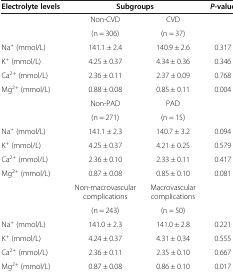
| Electrolyte levels | <COLSPAN=2> Subgroups | P-value |
 | --- | --- | --- | --- |
 |  | Non-CVD | CVD |  |
 |  | (n = 306) | (n = 37) |  |
 | Na+ (mmol/L) | 141.1 ± 2.4 | 140.9 ± 2.6 | 0.317 |
 | K+ (mmol/L) | 4.25 ± 0.37 | 4.34 ± 0.36 | 0.346 |
 | Ca2+ (mmol/L) | 2.36 ± 0.11 | 2.37 ± 0.09 | 0.768 |
 | Mg2+ (mmol/L) | 0.88 ± 0.08 | 0.85 ± 0.11 | 0.004 |
 |  | Non-PAD | PAD |  |
 |  | (n = 271) | (n = 15) |  |
 | Na+ (mmol/L) | 141.1 ± 2.3 | 140.7 ± 3.2 | 0.094 |
 | K+ (mmol/L) | 4.25 ± 0.37 | 4.21 ± 0.25 | 0.579 |
 | Ca2+ (mmol/L) | 2.36 ± 0.10 | 2.33 ± 0.11 | 0.417 |
 | Mg2+ (mmol/L) | 0.87 ± 0.08 | 0.85 ± 0.10 | 0.081 |
 |  | Non-macrovascular complications | Macrovascular complications |  |
 |  | (n = 243) | (n = 50) |  |
 | Na+ (mmol/L) | 141.0 ± 2.3 | 141.0 ± 2.8 | 0.221 |
 | K+ (mmol/L) | 4.24 ± 0.37 | 4.31 ± 0.34 | 0.555 |
 | Ca2+ (mmol/L) | 2.36 ± 0.11 | 2.35 ± 0.10 | 0.667 |
 | Mg2+ (mmol/L) | 0.87 ± 0.08 | 0.86 ± 0.10 | 0.017 |